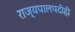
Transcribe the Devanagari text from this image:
राज्यपालपदीही